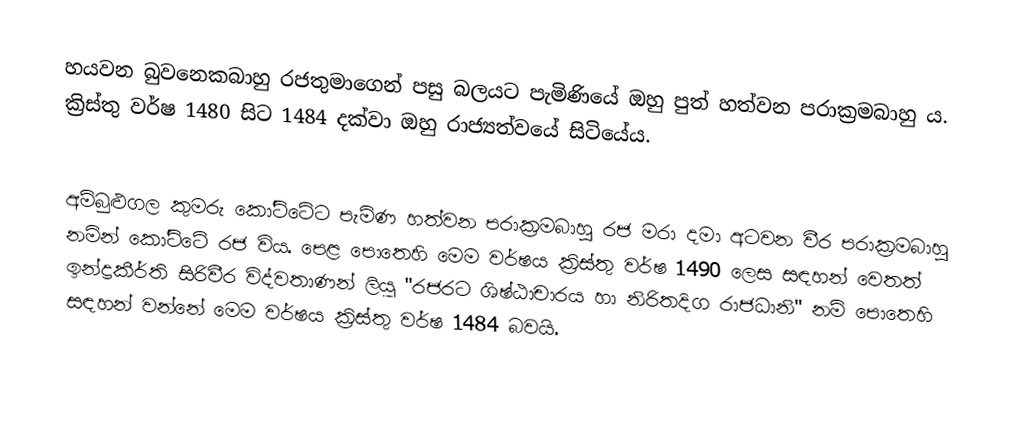
හයවන බුවනෙකබාහු රජතුමාගෙන් පසු බලයට පැමිණියේ ඔහු පුත් හත්වන පරාක්‍රමබාහු ය. ක්‍රිස්තු වර්ෂ 1480 සිට 1484 දක්වා ඔහු  රාජ්‍යත්වයේ සිටියේය.

අම්බුළුගල කුමරු කෝට්ටේට පැමිණ හත්වන පරාක්‍රමබාහු රජ මරා දමා අටවන වීර පරාක්‍රමබාහු නමින් කෝට්ටේ රජ විය. පෙළ පොතෙහි මෙම වර්ෂය ක්‍රිස්තු වර්ෂ 1490 ලෙස සඳහන් වෙතත් ඉන්ද්‍රකීර්ති සිරිවීර විද්වතාණන් ලියූ "රජරට ශිෂ්ඨාචාරය හා නිරිතදිග රාජධානි" නම් පොතෙහි සඳහන් වන්නේ මෙම වර්ෂය ක්‍රිස්තු වර්ෂ 1484 බවයි.